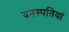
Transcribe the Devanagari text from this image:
वनस्‍पतियां